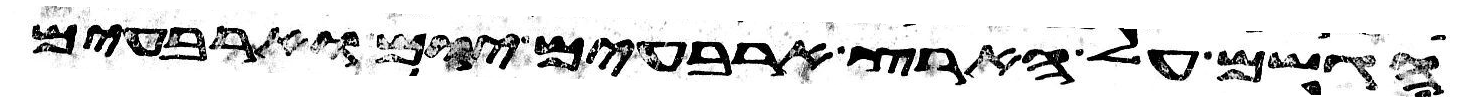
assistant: הגשם על הארץ ארבעים יום וארבעים